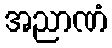
အညာဏံ